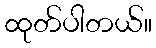
ထုတ်ပါတယ်။